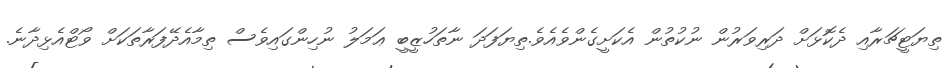
ތިޔަޓީޗަރާއި ދެކޮޅަށް ދަރިވަރުން ނުކުތުން އެކަށީގެންވެއެވެ.ތިޔަފަދަ ނާތަހުޒީބީ ޢަމަލު ނުހިންގައިވެސް ތިމާއެދޭފަރާތަކަށް ވޯޓްއެޅިދާނެ.